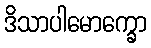
ဒိသာပါမောက္ခော